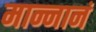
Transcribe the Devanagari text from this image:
मान्नानं